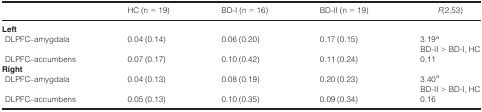
|  | HC (n = 19) | BD-I (n = 16) | BD-II (n = 19) | F(2,53) |
 | --- | --- | --- | --- | --- |
 | <COLSPAN=5> Left |
 | DLPFC–amygdala | 0.04 (0.14) | 0.06 (0.20) | 0.17 (0.15) | 3.19a BD-II > BD-I, HC |
 | DLPFC–accumbens | 0.07 (0.17) | 0.10 (0.42) | 0.11 (0.24) | 0.11 |
 | <COLSPAN=5> Right |
 | DLPFC–amygdala | 0.04 (0.13) | 0.08 (0.19) | 0.20 (0.23) | 3.40a BD-II > BD-I, HC |
 | DLPFC–accumbens | 0.05 (0.13) | 0.10 (0.35) | 0.09 (0.34) | 0.16 |